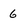
Character: 6